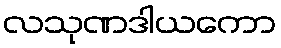
လသုဏဒါယကော